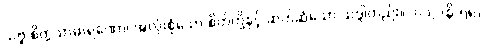
သဗ္ဗ စိတ္တသာဓာရဏော၊ အလုံးစုံသော စိတ်တို့နှင့် ဆက်ဆံသော သဒ္ဒါတည်း။ [၀၁] (နိ-၅၈)